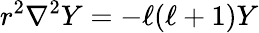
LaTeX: r^{2}\nabla^{2}Y=-\ell(\ell+1)Y